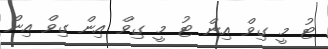
ޓު މީ ގިވް އިން ޓު މީ ގިވް އިން ގިވް އިން